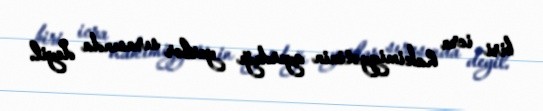
biri icra hakimiyyətinin ayırdığı yerlər sırasında deyil.